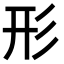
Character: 形